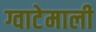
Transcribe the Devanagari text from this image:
ग्वाटेमाली